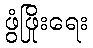
ဖွံဖြိုးရေး